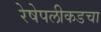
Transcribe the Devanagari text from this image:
रेषेपलीकडचा